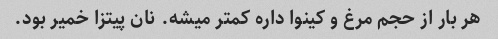
هر بار از حجم مرغ و کینوا داره کمتر میشه. نان پیتزا خمیر بود.